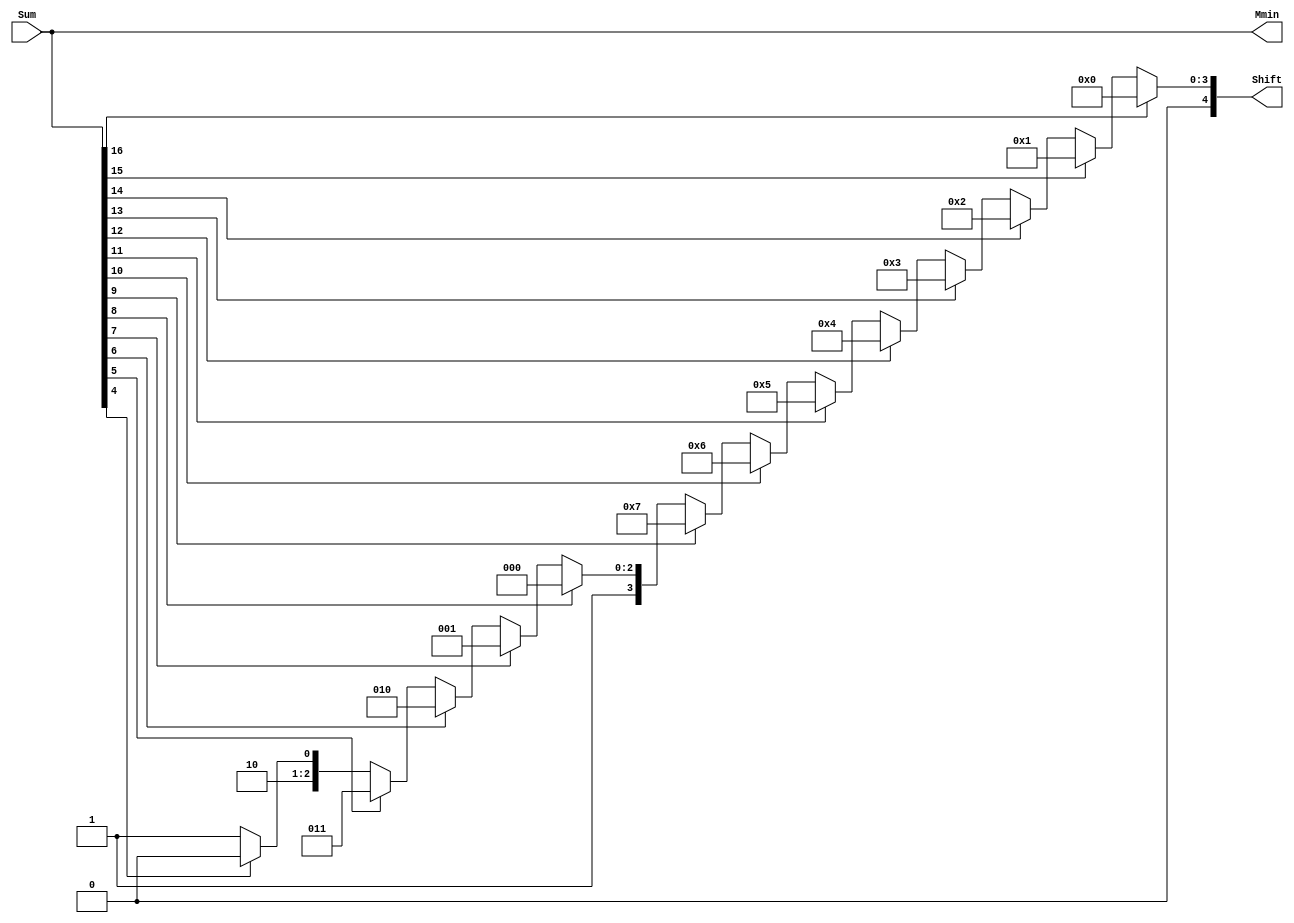
`define DEFINES_DONE
`define EXPONENT 5
`define MANTISSA 10
`define SIGN 1
`define DATAWIDTH (`SIGN+`EXPONENT+`MANTISSA)
`define IEEE_COMPLIANCE 1
`define NUM 8
`define ADDRSIZE 7
`define ADDRSIZE_FOR_TB 10
`define EXPONENT 5
`define MANTISSA 10
`define ACTUAL_MANTISSA 11
`define EXPONENT_LSB 10
`define EXPONENT_MSB 14
`define MANTISSA_LSB 0
`define MANTISSA_MSB 9
`define MANTISSA_MUL_SPLIT_LSB 3
`define MANTISSA_MUL_SPLIT_MSB 9
`define SIGN 1
`define SIGN_LOC 15
`define DWIDTH (`SIGN+`EXPONENT+`MANTISSA)
`define IEEE_COMPLIANCE 1
`define EXPONENT 5
`define MANTISSA 10
`define ACTUAL_MANTISSA 11
`define EXPONENT_LSB 10
`define EXPONENT_MSB 14
`define MANTISSA_LSB 0
`define MANTISSA_MSB 9
`define MANTISSA_MUL_SPLIT_LSB 3
`define MANTISSA_MUL_SPLIT_MSB 9
`define SIGN 1
`define SIGN_LOC 15
`define DWIDTH (`SIGN+`EXPONENT+`MANTISSA)
`define IEEE_COMPLIANCE 1
`define EXPONENT 5
`define MANTISSA 10
`define ACTUAL_MANTISSA 11
`define EXPONENT_LSB 10
`define EXPONENT_MSB 14
`define MANTISSA_LSB 0
`define MANTISSA_MSB 9
`define MANTISSA_MUL_SPLIT_LSB 3
`define MANTISSA_MUL_SPLIT_MSB 9
`define SIGN 1
`define SIGN_LOC 15
`define DWIDTH (`SIGN+`EXPONENT+`MANTISSA)
`define IEEE_COMPLIANCE 1

module FPAddSub_NormalizeModule(
		Sum,
		Mmin,
		Shift
    );

	// Input ports
	input [`DWIDTH:0] Sum ;					// Mantissa sum including hidden 1 and GRS
	
	// Output ports
	output [`DWIDTH:0] Mmin ;					// Mantissa after 16|0 shift
	output [4:0] Shift ;					// Shift amount
	//Changes in this doesn't matter since even Bfloat16 can't go beyond 7 shift to the mantissa (only 3 bits valid here)  
	// Determine normalization shift amount by finding leading nought
	assign Shift =  ( 
		Sum[16] ? 5'b00000 :	 
		Sum[15] ? 5'b00001 : 
		Sum[14] ? 5'b00010 : 
		Sum[13] ? 5'b00011 : 
		Sum[12] ? 5'b00100 : 
		Sum[11] ? 5'b00101 : 
		Sum[10] ? 5'b00110 : 
		Sum[9] ? 5'b00111 :
		Sum[8] ? 5'b01000 :
		Sum[7] ? 5'b01001 :
		Sum[6] ? 5'b01010 :
		Sum[5] ? 5'b01011 :
		Sum[4] ? 5'b01100 : 5'b01101
	//	Sum[19] ? 5'b01101 :
	//	Sum[18] ? 5'b01110 :
	//	Sum[17] ? 5'b01111 :
	//	Sum[16] ? 5'b10000 :
	//	Sum[15] ? 5'b10001 :
	//	Sum[14] ? 5'b10010 :
	//	Sum[13] ? 5'b10011 :
	//	Sum[12] ? 5'b10100 :
	//	Sum[11] ? 5'b10101 :
	//	Sum[10] ? 5'b10110 :
	//	Sum[9] ? 5'b10111 :
	//	Sum[8] ? 5'b11000 :
	//	Sum[7] ? 5'b11001 : 5'b11010
	);
	
	reg	  [`DWIDTH:0]		Lvl1;
	
	always @(*) begin
		// Rotate by 16?
		Lvl1 <= Shift[4] ? {Sum[8:0], 8'b00000000} : Sum; 
	end
	
	// Assign outputs
	assign Mmin = Lvl1;						// Take out smaller mantissa

endmodule